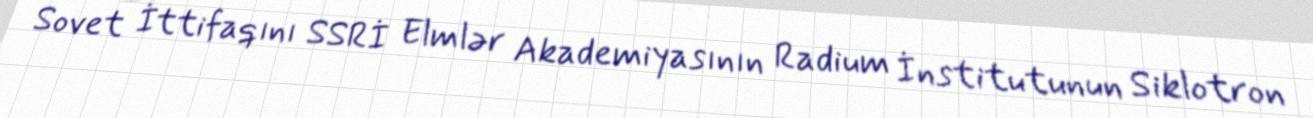
Sovet İttifaqını SSRİ Elmlər Akademiyasının Radium İnstitutunun Siklotron